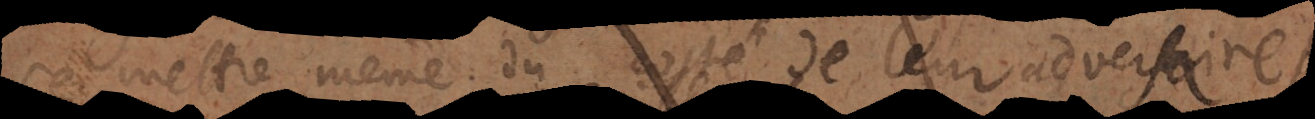
mettre même du costé de leur adversaire;